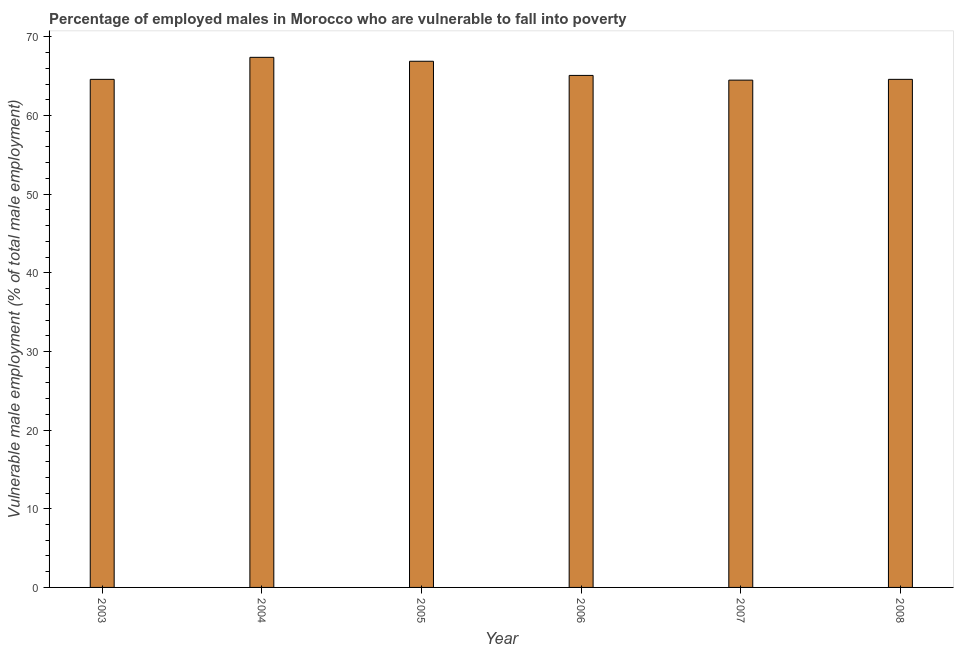
| Year | Percentage of employed males who are vulnerable to fall into poverty |
 | --- | --- |
 | 2003 | 64.6 |
 | 2004 | 67.4 |
 | 2005 | 66.9 |
 | 2006 | 65.1 |
 | 2007 | 64.5 |
 | 2008 | 64.6 |